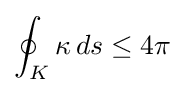
\oint _{K}\kappa \,ds\leq 4\pi